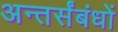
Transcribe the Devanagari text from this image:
अन्तर्संबंधों